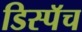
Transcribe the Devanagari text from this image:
डिस्पॅच